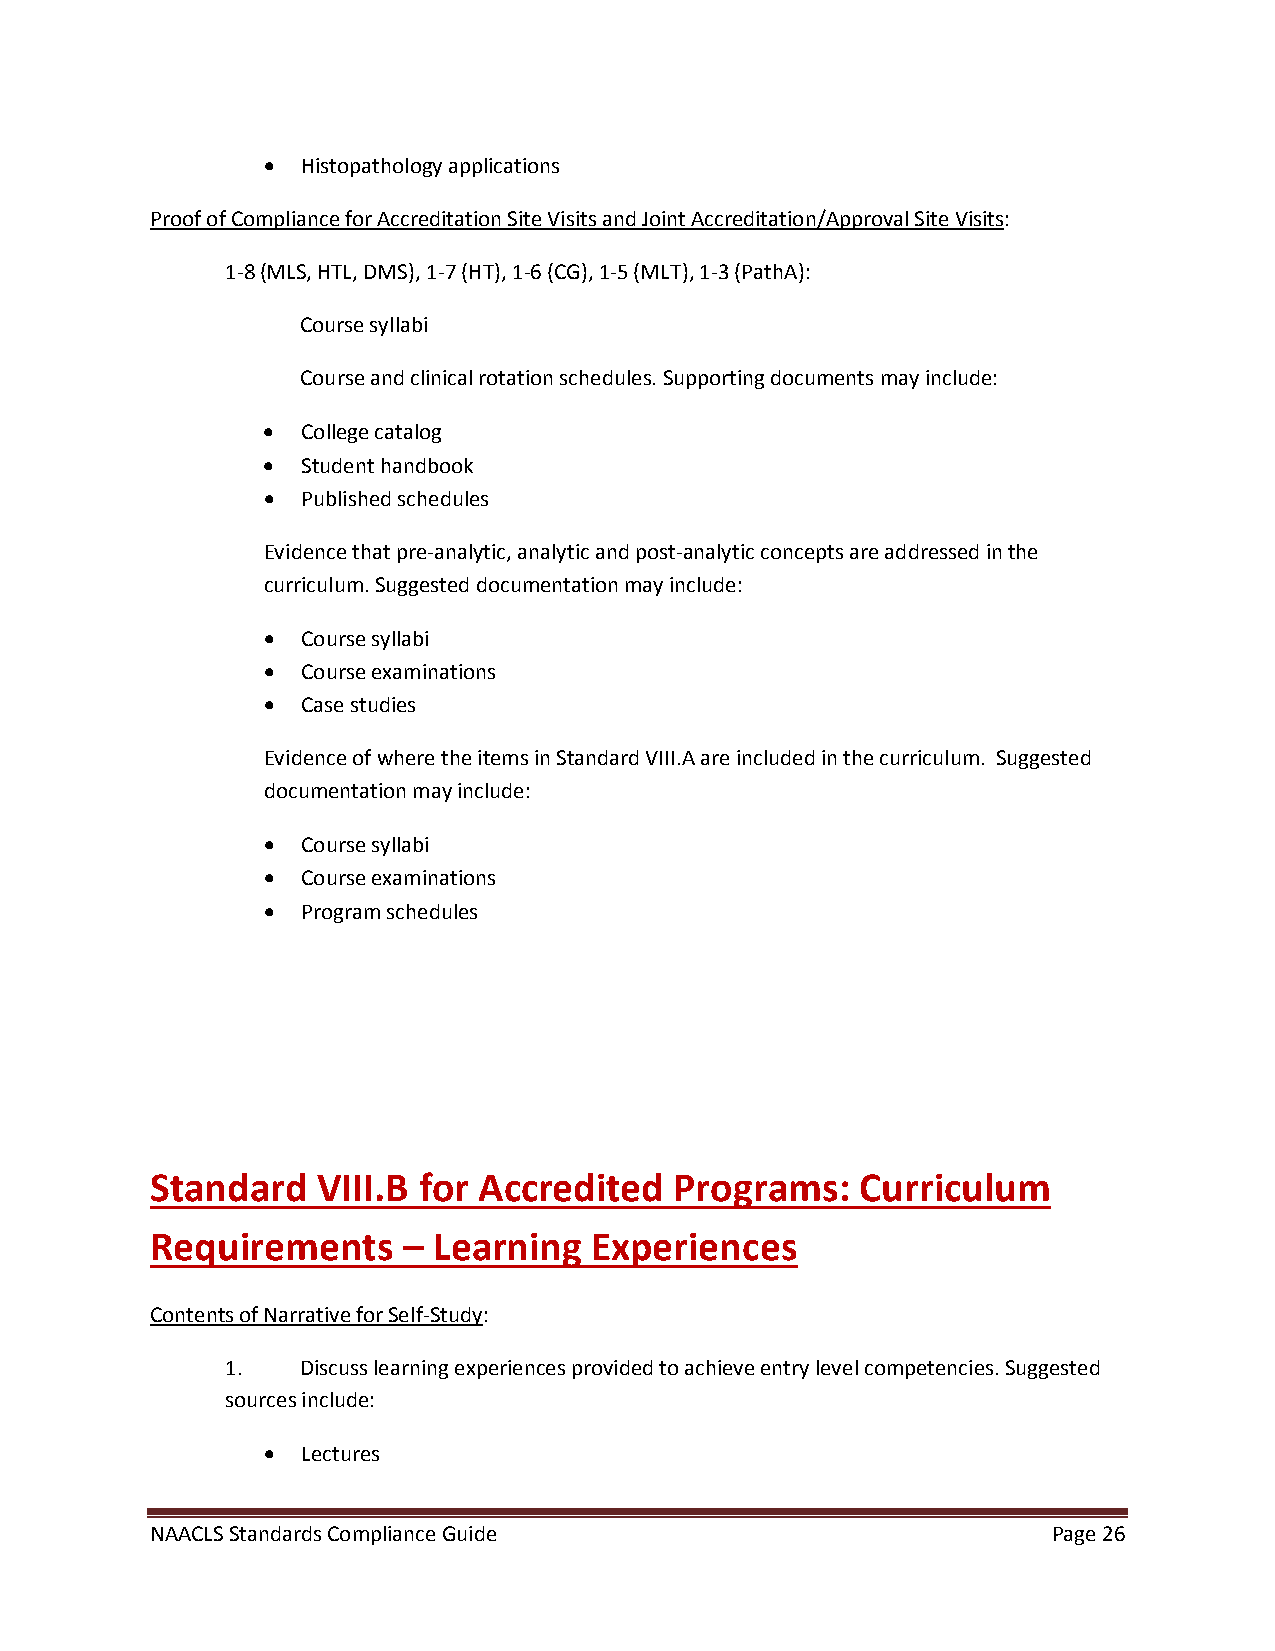
•  Histopathology applications
 Proof of Compliance for Accreditation Site Visits and Joint Accreditation/Approval Site Visits:
 1-8 (MLS, HTL, DMS), 1-7 (HT), 1-6 (CG), 1-5 (MLT), 1-3 (PathA):
 Course syllabi
 Course and clinical rotation schedules. Supporting documents may include:
 •  College catalog
 •  Student handbook
 •  Published schedules
 Evidence that pre-analytic, analytic and post-analytic concepts are addressed in the
 curriculum. Suggested documentation may include:
 •  Course syllabi
 •  Course examinations
 •  Case studies
 Evidence of where the items in Standard VIII.A are included in the curriculum. Suggested
 documentation may include:
 •  Course syllabi
 •  Course examinations
 •  Program schedules
 Standard   VIII.B for Accredited   Programs:   Curriculum
 Requirements     – Learning  Experiences
 Contents of Narrative for Self-Study:
 1.   Discuss learning experiences provided to achieve entry level competencies. Suggested
 sources include:
 •  Lectures
 NAACLS Standards Compliance Guide                           Page 26